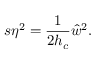
s \eta ^ { 2 } = \frac { 1 } { 2 h _ { c } } \hat { w } ^ { 2 } .